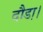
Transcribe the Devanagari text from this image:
दौडा़।